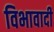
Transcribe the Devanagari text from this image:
विभावादी